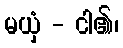
မယှံ - ငါ၏၊